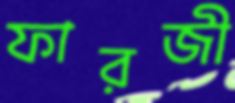
ফারজী